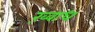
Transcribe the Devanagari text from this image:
ख़्वाध